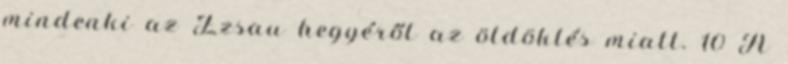
mindenki az Ézsau hegyéről az öldöklés miatt. 10 A